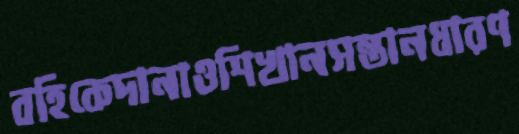
বহিকেদানাওশিখানসন্তানধারণ